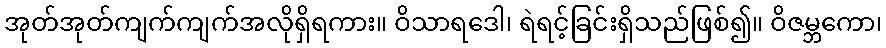
အုတ်အုတ်ကျက်ကျက်အလိုရှိရကား။ ဝိသာရဒေါ၊ ရဲရင့်ခြင်းရှိသည်ဖြစ်၍။ ဝိဇမ္ဘကော၊